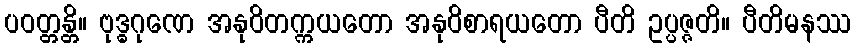
ပဝတ္တန္တိ။ ဗုဒ္ဓဂုဏေ အနုဝိတက္ကယတော အနုဝိစာရယတော ပီတိ ဥပ္ပဇ္ဇတိ။ ပီတိမနဿ